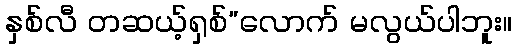
နှစ်လီ တဆယ့်ရှစ်”လောက် မလွယ်ပါဘူး။